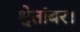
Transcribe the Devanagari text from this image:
श्वेतांबर।